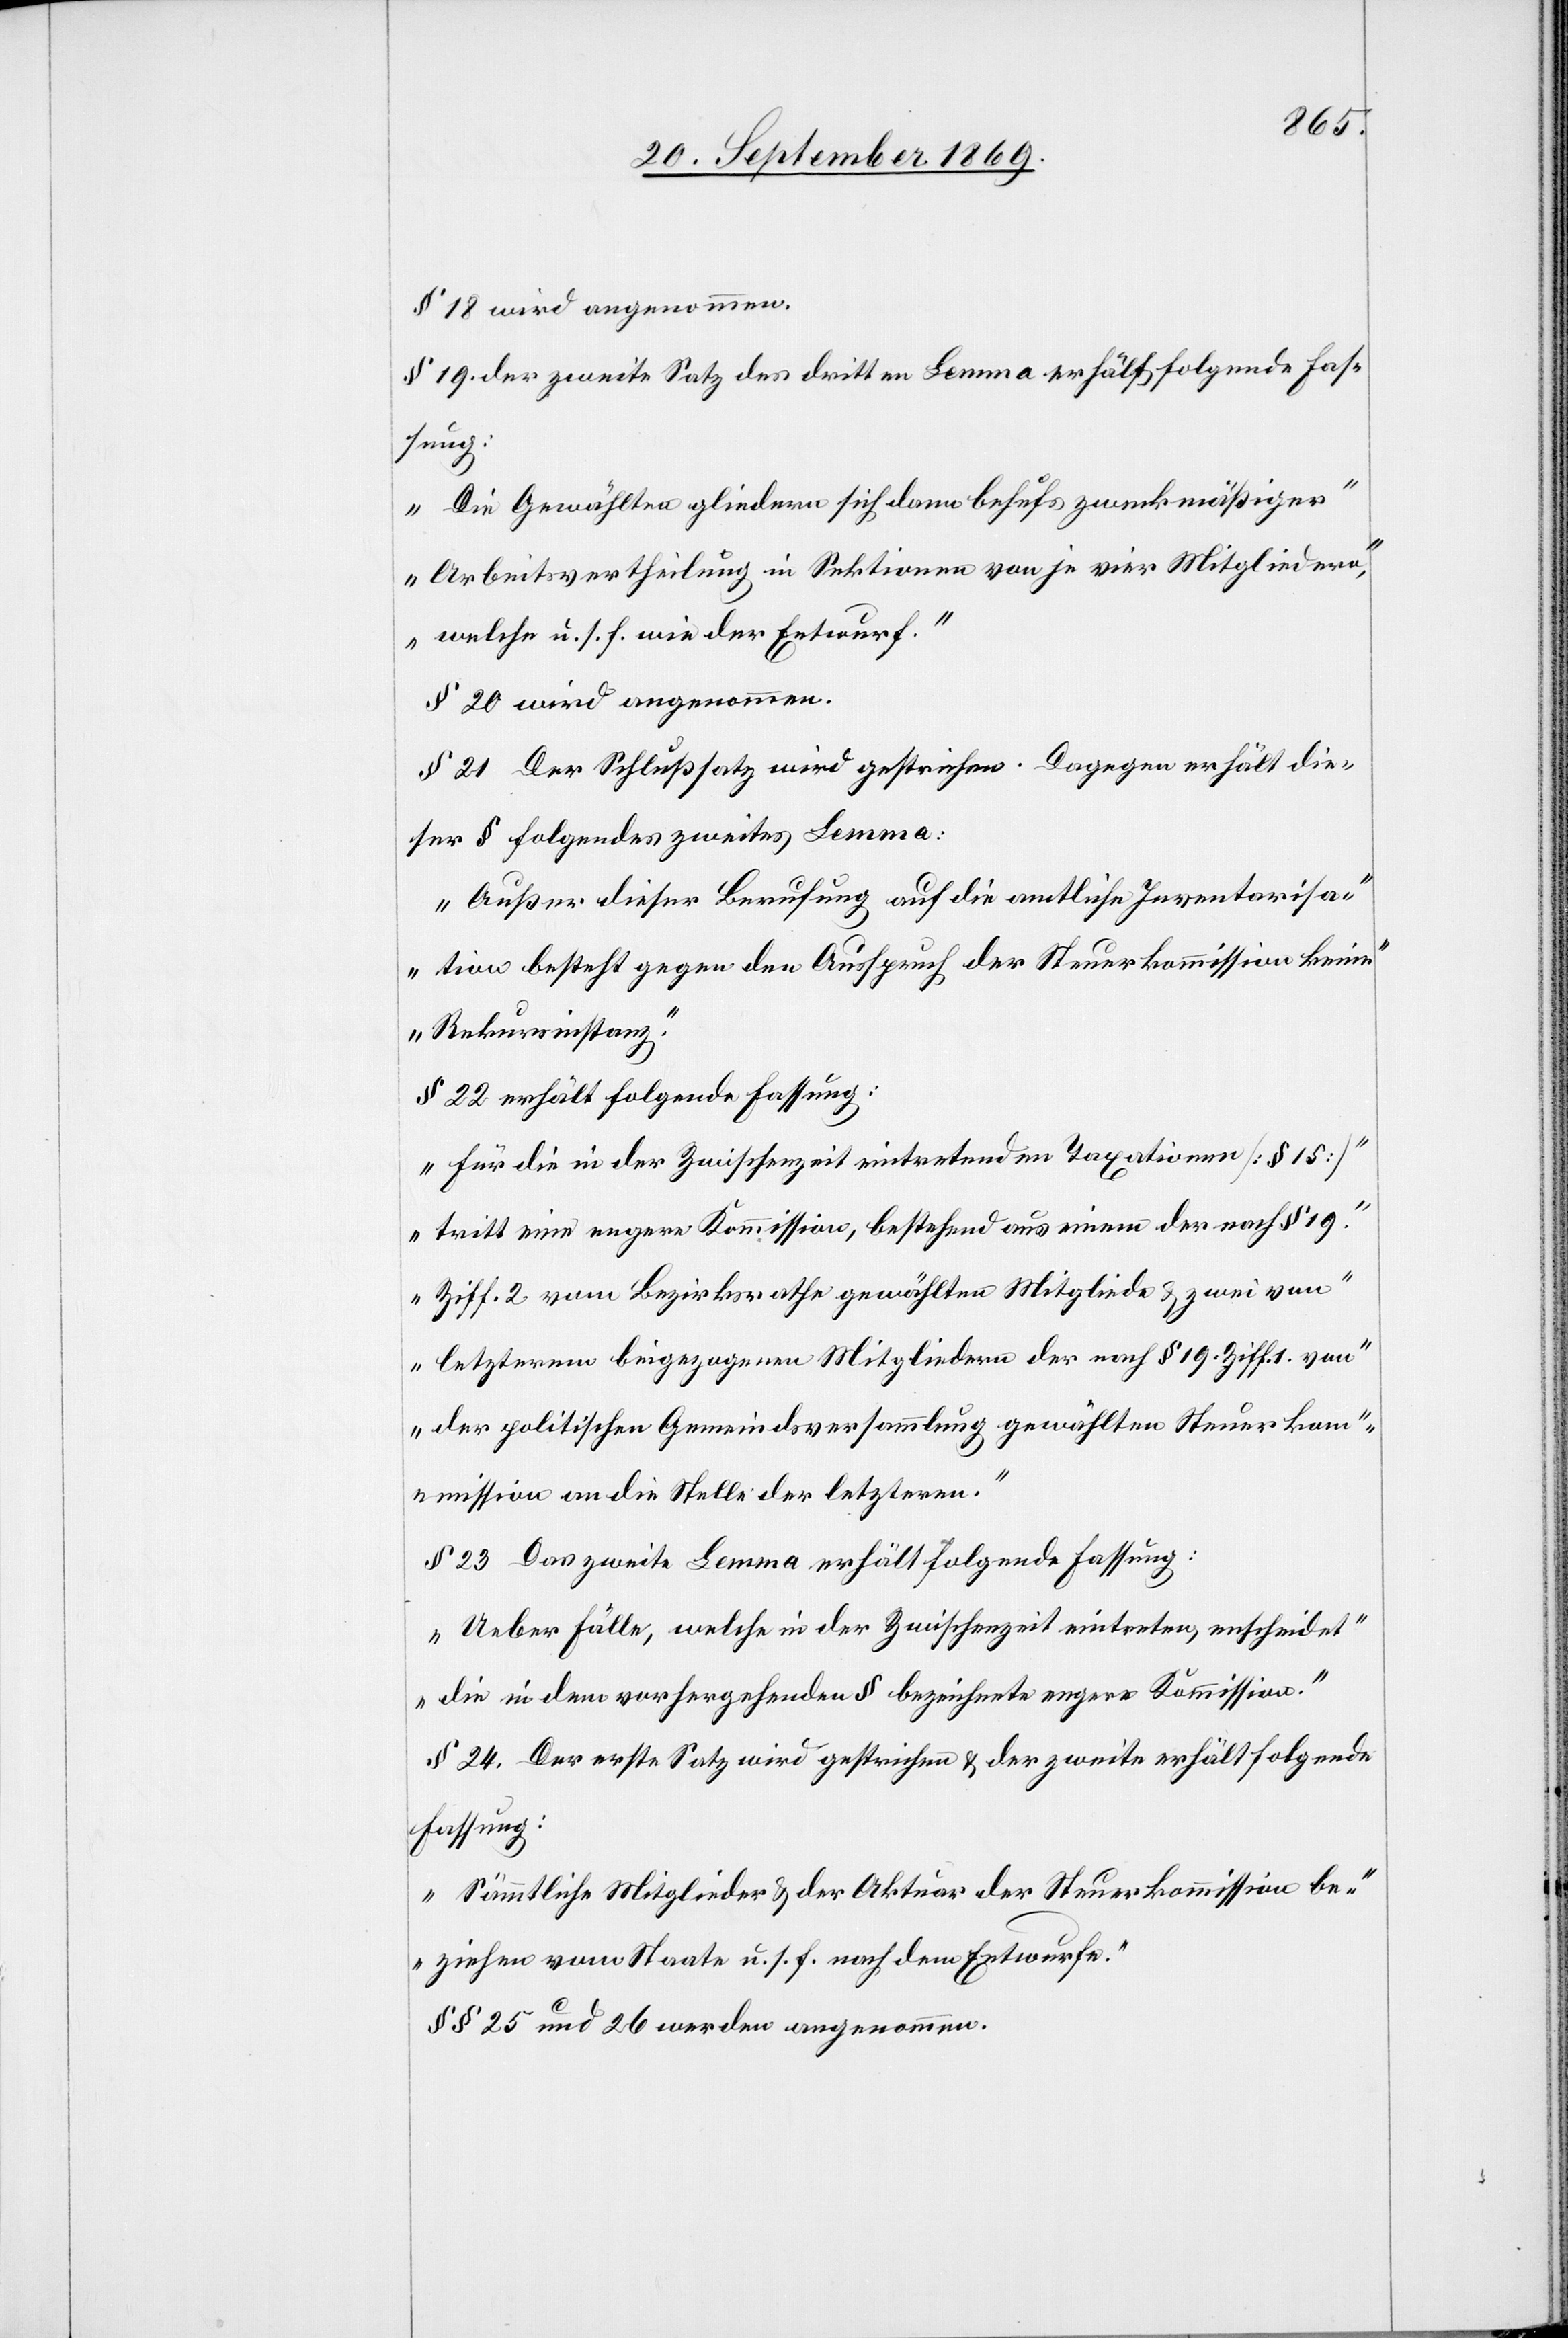
§ 18 wird angenommen.
§ 19. der zweite Satz des dritten Lemma erhält folgende Fas¬
sung:
„Die Gewählte gliedern sich dann behufs zweckmäßiger
Arbeitsvertheilung in Sektionen von je vier Mitgliedern,
welche u. s. f. wie der Entwurf.“
§ 20 wird angenommen.
§ 21 Der Schlußsatz wird gestrichen. Dagegen erhält die¬
ser § folgendes zweites Lemma:
„Außer dieser Berufung auf die amtliche Inventarisa¬
tion besteht gegen den Ausspruch der Steuerkommission keine
Rekursinstanz.“
§ 22 erhält folgende Fassung:
„Für die in der Zwischenzeit eintretenden Taxationen [§ 15]
tritt eine engere Kommission, bestehend aus einem der nach § 19.
Ziff. 2 vom Bezirksrathe gewählten Mitgliede & zwei von
letzterem beigezogenen Mitgliedern der nach § 19 Ziff. 1 von
der politischen Gemeindsversammlung gewählten Steuerko¬
mmission an die Stelle der letzteren.“
§ 23 Das zweite Lemma erhält folgende Fassung:
„Ueber Fälle, welche in der Zwischenzeit eintreten, entscheidet
die in dem vorhergehenden § bezeichnete engere Kommission.“
§ 24. Der erste Satz wird gestrichen & der zweite erhält folgende
Fassung:
„Sämmtliche Mitglieder & der Aktuar der Steuerkommission be¬
ziehen vom Staate u. s. f. nach dem Entwurfe.“
§§ 25 und 26 werden angenommen.